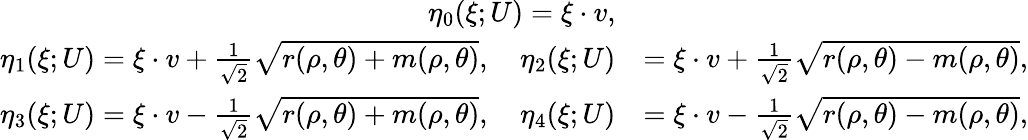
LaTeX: \begin{array}{rl}{\eta_{0}(\xi;U)=\xi\cdot v,}&{}\\ {\eta_{1}(\xi;U)=\xi\cdot v+\frac{1}{\sqrt{2}}\sqrt{r(\rho,\theta)+m(\rho,\theta)},\quad\eta_{2}(\xi;U)}&{=\xi\cdot v+\frac{1}{\sqrt{2}}\sqrt{r(\rho,\theta)-m(\rho,\theta)},}\\ {\eta_{3}(\xi;U)=\xi\cdot v-\frac{1}{\sqrt{2}}\sqrt{r(\rho,\theta)+m(\rho,\theta)},\quad\eta_{4}(\xi;U)}&{=\xi\cdot v-\frac{1}{\sqrt{2}}\sqrt{r(\rho,\theta)-m(\rho,\theta)},}\end{array}